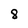
Character: 8